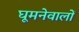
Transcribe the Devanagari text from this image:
घूमनेवालों